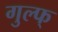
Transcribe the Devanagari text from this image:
गुल्फ्